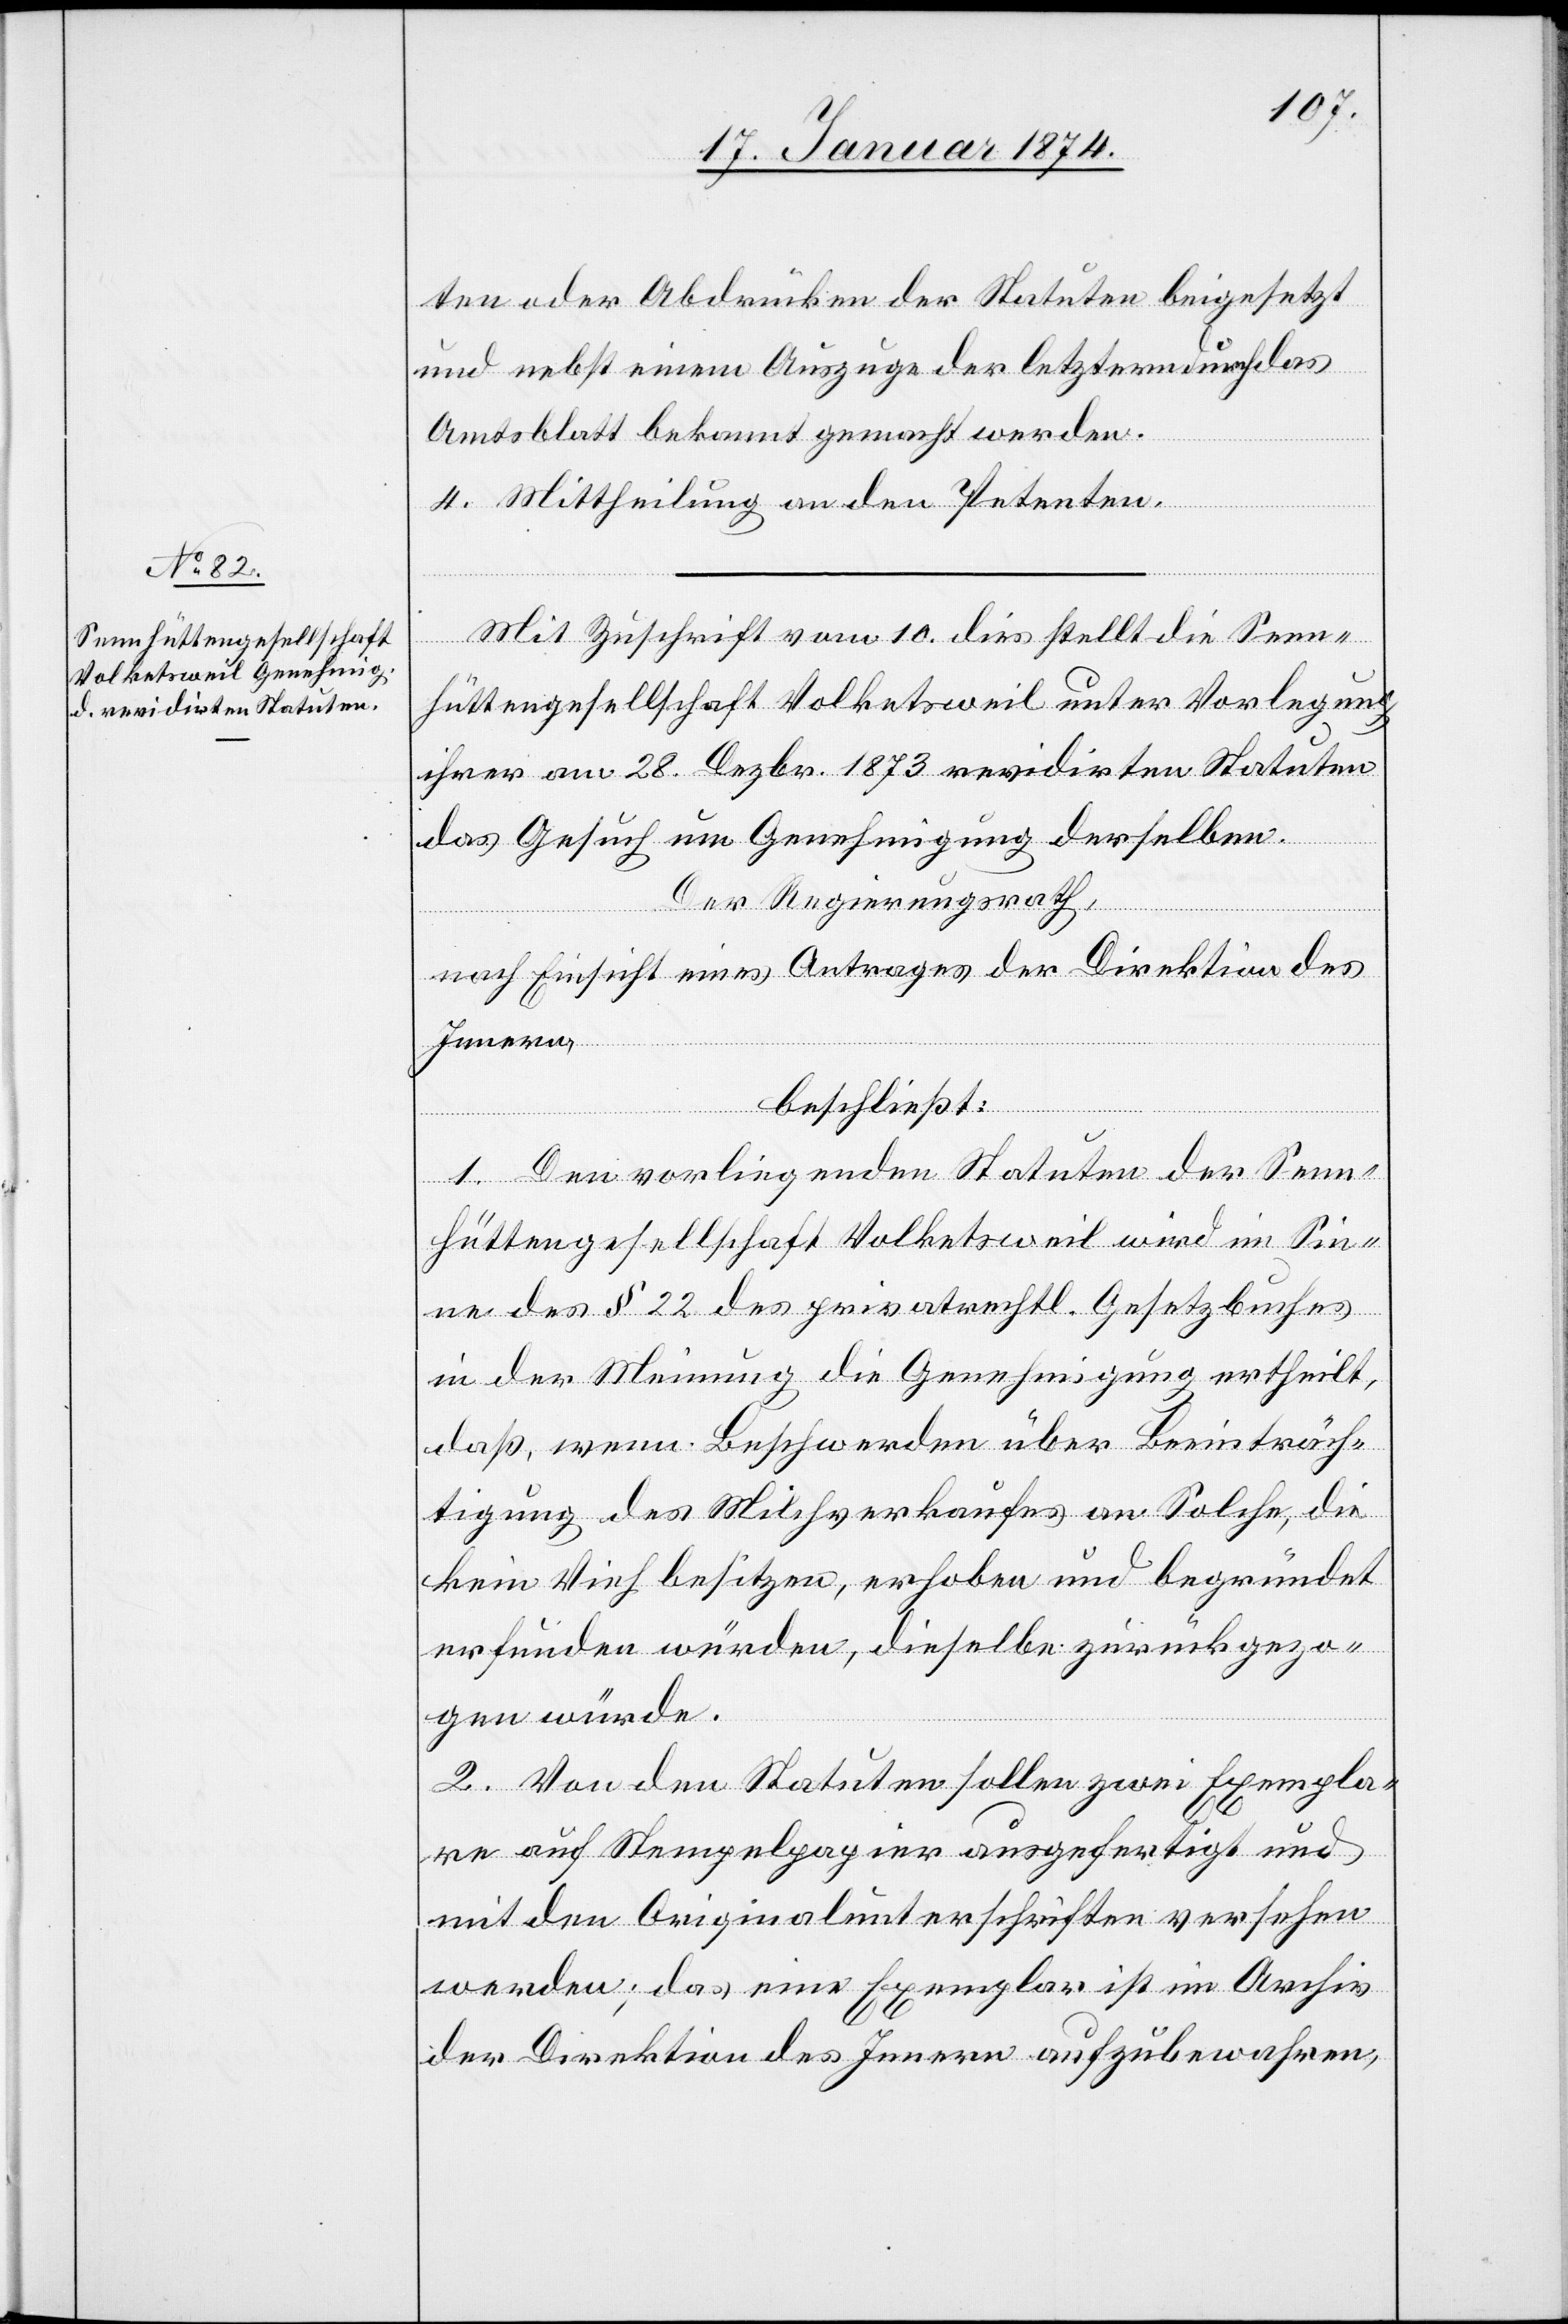
ten oder Abdrücken der Statuten beigesetzt
und nebst einem Auszuge der letztern durch das
Amtsblatt bekannt gemacht werden.
4. Mittheilung an den Petenten.
Mit Zuschrift vom 10. dies stellt die Senn¬
hüttengesellschaft Volketsweil unter Vorlegung
ihrer am 28. Dezbr. 1873 revidirten Statuten
das Gesuch um Genehmigung derselben.
Der Regierungsrath,
nach Einsicht eines Antrages der Direktion des
Innern,
beschließt:
1. Den vorliegenden Statuten der Senn¬
hüttengesellschaft Volketsweil wird im Sin¬
ne des § 22 des privatrechtl. Gesetzbuches
in der Meinung die Genehmigung ertheilt,
daß, wenn Beschwerden über Beeinträch¬
tigung des Milchverkaufes an Solche, die
kein Vieh besitzen, erhoben und begründet
erfunden würden, dieselbe zurückgezo¬
gen würde.
2. Von den Statuten sollen zwei Exempla¬
re auf Stempelpapier ausgefertigt und
mit den Originalunterschriften versehen
werden; das eine Exemplar ist im Archiv
der Direktion des Innern aufzubewahren,